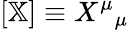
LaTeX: [\mathbb{X}]\equiv X^{\mu}{}_{\mu}